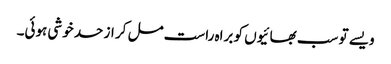
ویسے تو سب بھائیوں کو براہ راست مل کر از حد خوشی ہوئی۔